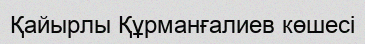
Қайырлы Құрманғалиев көшесі